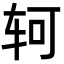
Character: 轲